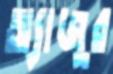
অ্যাজুর